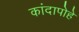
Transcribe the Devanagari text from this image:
कांदापोहे